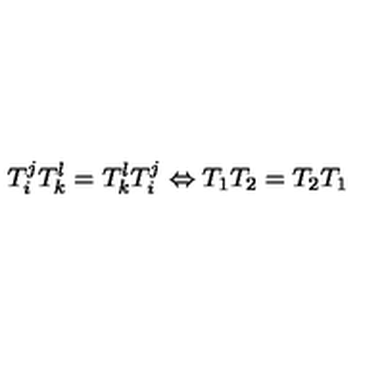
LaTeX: T _ { i } ^ { j } T _ { k } ^ { l } = T _ { k } ^ { l } T _ { i } ^ { j } \Leftrightarrow T _ { 1 } T _ { 2 } = T _ { 2 } T _ { 1 }